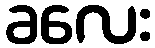
ခလေး